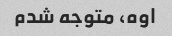
اوه، متوجه شدم